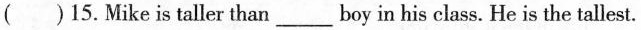
( )15. Mike is taller than___boy in his class. He is the tallest.